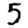
Digit: 5